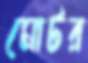
মোটর